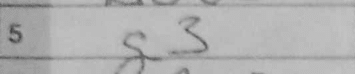
Transcription: g3